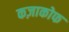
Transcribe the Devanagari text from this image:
कज़ाकोफ